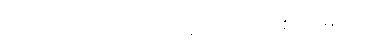
အရိယာပုဂ္ဂိုလ်တို့ အဆင့်ဆင့် ဖြစ်ရပုံများ။